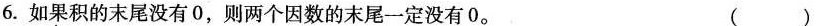
6.如果积的末尾没有0，则两个因数的末尾一定没有0。 ( )